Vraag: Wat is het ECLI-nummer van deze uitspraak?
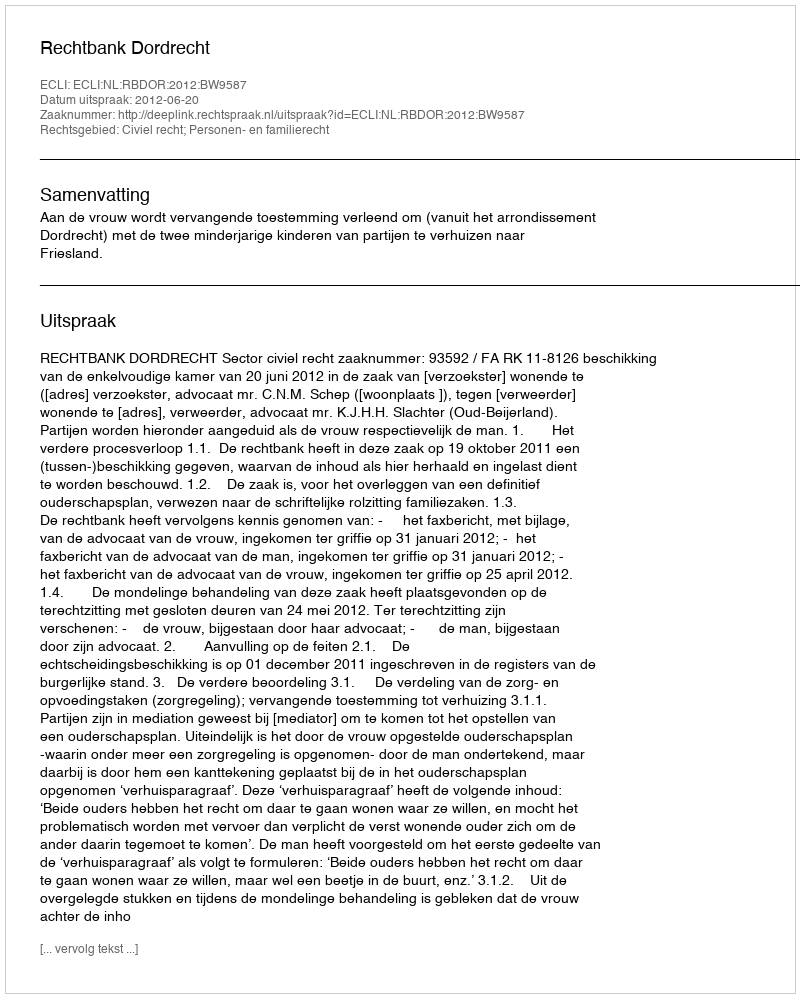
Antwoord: ECLI:NL:RBDOR:2012:BW9587